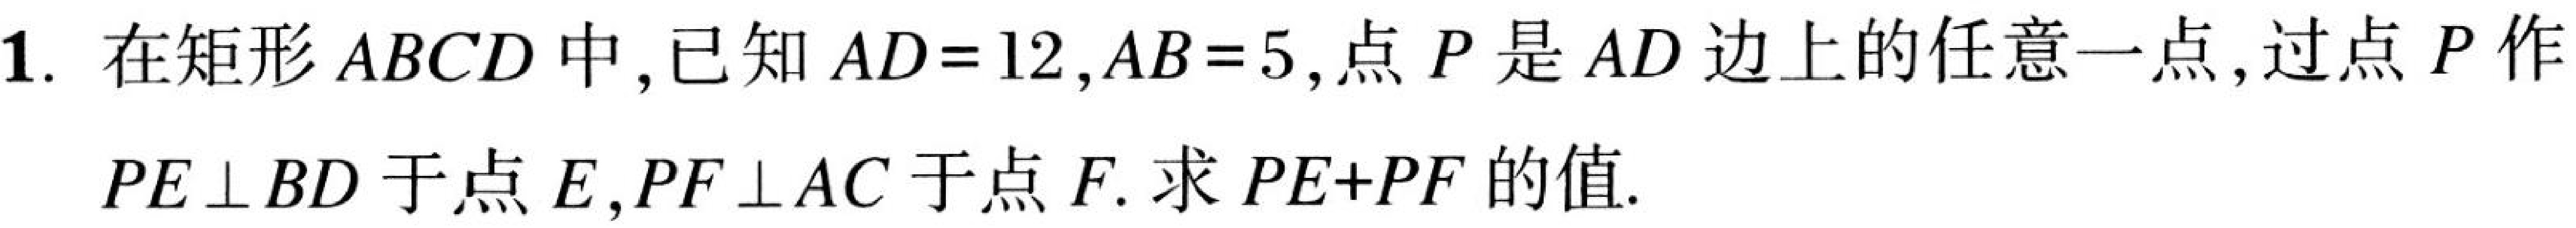
1. 在矩形\(ABCD\)中，已知\(AD = 12\)，\(AB = 5\)，点\(P\)是\(AD\)边上的任意一点，过点\(P\)作\(PE\perp BD\)于点\(E\)，\(PF\perp AC\)于点\(F\). 求\(PE + PF\)的值.